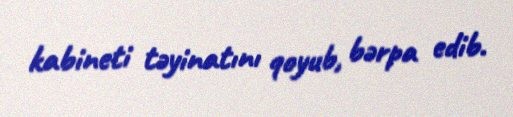
kabineti təyinatını qoyub, bərpa edib.